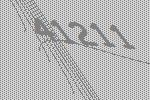
41211